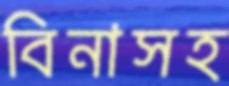
বিনাসহ